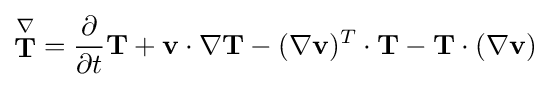
{\stackrel {\nabla }{\mathbf {T} }}={\frac {\partial }{\partial t}}\mathbf {T} +\mathbf {v} \cdot \nabla \mathbf {T} -(\nabla \mathbf {v} )^{T}\cdot \mathbf {T} -\mathbf {T} \cdot (\nabla \mathbf {v} )